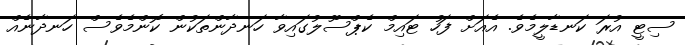
ސިޓީ އުރަ ކަނޑާލީމެވެ. އެއަށް ފަހު ޓައިމް ކެޕްސޫލުގައިވާ ހަނދާންތަކުން ކޮންމެވެސް ހަނދާނެއް